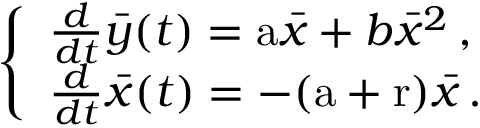
\left\{ \begin{array} { l l } { \frac { d } { d t } \bar { y } ( t ) = \mathrm { a } \bar { x } + b \bar { x } ^ { 2 } \, , } \\ { \frac { d } { d t } \bar { x } ( t ) = - ( \mathrm { a } + \mathrm { r } ) \bar { x } \, . } \end{array} \right.